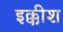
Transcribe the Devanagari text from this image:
इक्कीश